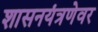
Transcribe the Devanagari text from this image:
शासनयंत्रणेवर